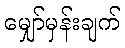
မျှော်မှန်းချက်